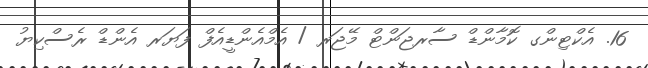
16. އެކްޓިންގ ކޮމާންޑް ސާރޖަންޓް މޭޖަރ / އެމްއެންޑީއެފް ފަޔަރ އެންޑް ރެސްކިޔު